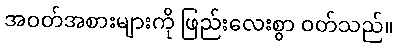
အဝတ်အစားများကို ဖြည်းလေးစွာ ဝတ်သည်။